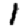
Digit: 1